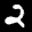
Label: 2